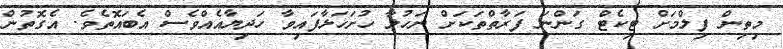
މިތިން ފިލްމަށް ޓިކެޓް ގަންނަ ފަރާތްތަކަށް ނަހުލާ ހުށަހަޅާފައިވާ ހަދިޔާއެއްވެސް އެބައޮތެވެ. އެގޮތުން